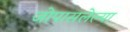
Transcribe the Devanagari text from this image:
जोपासलेल्या